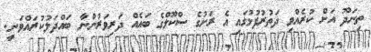
ތިނަދޫ އަށް ކުރެއްވި ދަތުރުފުޅުގައި އެ ރަށުގެ ސްކޫލްގެ ބައެއް ދަރިވަރުންނާ ބައްދަލުކުރައްވަނީ.